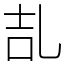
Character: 㐖